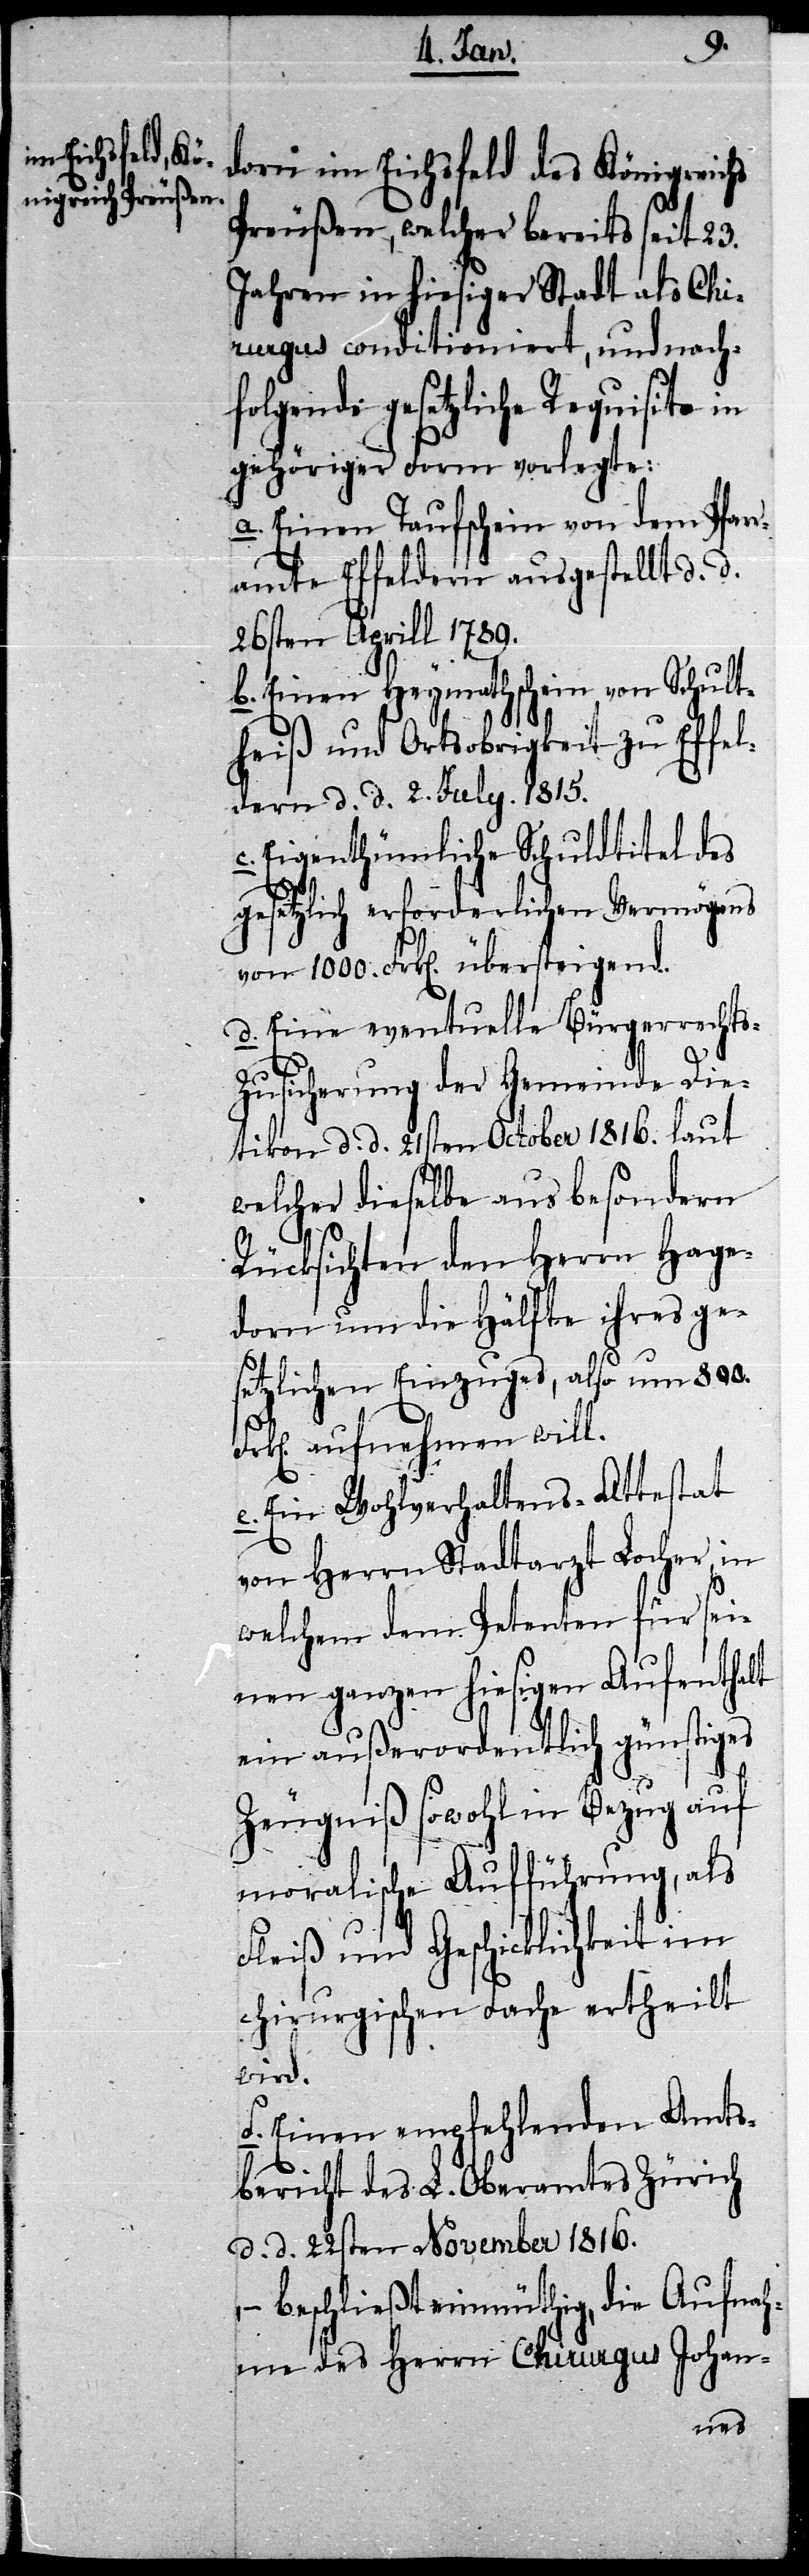
Fr¬
dorn im Eichsfeld des Königreichs
Preußen, welcher bereits seit 23.
Jahren in hiesiger Stadt als Chi¬
rurgus conditioniert, und nach¬
folgende gesetzliche Requisite in
gehöriger Form vorlegte:
a. Einen Taufschein von dem Pfar¬
ramte Effeldern ausgestellt d. d.
26sten Aprill 1789.
b. Einen Heymathschein von Schult¬
heiß und Ortsobrigkeit zu Effel¬
dern d. d. 2. July. 1815.
c. Eigenthümliche Schuldtitel des
gesetzlich erforderlichen Vermögens
von 1000. Frk[en]. übersteigend.
d. Eine eventuelle Bürgerrecht¬
s-Zusicherung der Gemeinde Die¬
tikon d. d. 21sten October 1816. laut
welcher dieselbe aus besondern
Rücksichten den Herrn Hage¬
dorn um die Hälfte ihres ge¬
setzlichen Einzuges, also um 800.
k[en]. aufnehmen will.
e. Ein Wohlverhaltens-Attestat
von Herrn Stadtarzt Locher in
welchem dem Petenten für sei¬
nen ganzen hiesigen Aufenthalt
ein außerordentlich günstiges
Zeugniß sowohl in Bezug auf
moralische Aufführung, als
Fleiß und Geschicklichkeit im
chirurgischen Fache ertheilt
wird.
f. Einen empfehlenden Amts¬
bericht des L. Oberamtes Zürich
d. d. 22sten November 1816.
– beschließt einmüthig, die Aufnah¬
me des Herrn Chirurgus Johan-